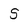
Character: 5